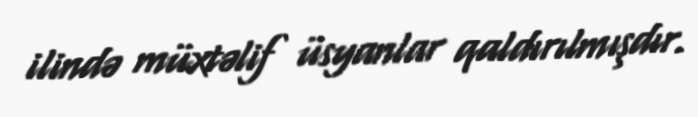
ilində müxtəlif üsyanlar qaldırılmışdır.